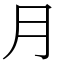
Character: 月